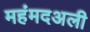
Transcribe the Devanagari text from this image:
महंमदअली